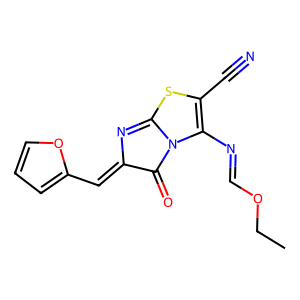
SMILES: CCOC=NC1=C(C#N)SC2=NC(=Cc3ccco3)C(=O)N21
Inhibits HIV replication: No